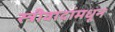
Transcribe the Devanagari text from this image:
स्त्रीवादांमधून